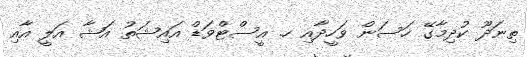
ތިނަދޫ ކުދިމާގޭ ހަސަން ވަހީދާއި ހ. އީސްޓްވަޑް އައިޝަތު އަޝާ އަލީ އާއި